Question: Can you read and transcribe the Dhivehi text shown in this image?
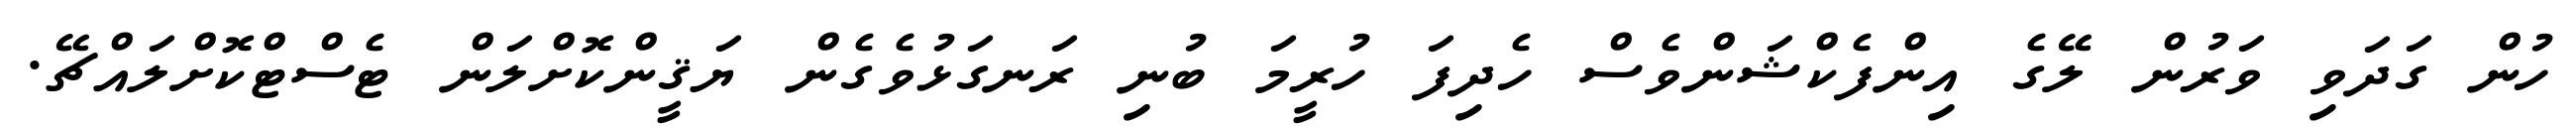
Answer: ހުން ގަދަވި ވަރުން ލޭގެ އިންފެކްޝަންވެސް ހެދިފަ ހުރީމަ ބުނި ރަނގަޅުވެގެން ޔަޤީންކޮށްލަން ޓެސްޓްކޮށްލައްޗޭ.